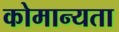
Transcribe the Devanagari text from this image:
कोमान्यता